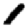
Digit: 1